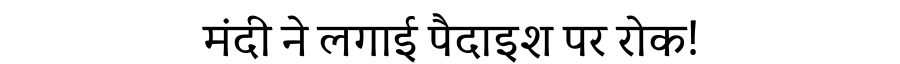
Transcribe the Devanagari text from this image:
मंदी ने लगाई पैदाइश पर रोक!